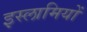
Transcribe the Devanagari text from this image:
इस्लामियों